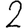
Digit: 2